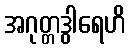
အဂုတ္တဒွါရေဟိ